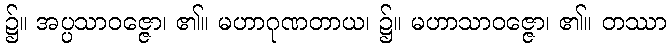
၌။ အပ္ပသာဝဇ္ဇော၊ ၏။ မဟာဂုဏတာယ၊ ၌။ မဟာသာဝဇ္ဇော၊ ၏။ တဿာ